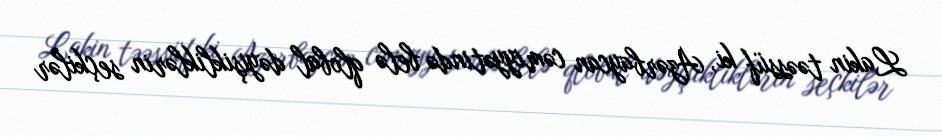
Lakin təəssüf ki, Azərbaycan cəmiyyətində belə qlobal dəyişikliklərin seçkilər